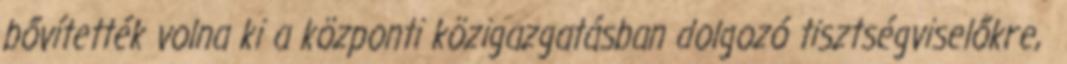
bővítették volna ki a központi közigazgatásban dolgozó tisztségviselőkre,